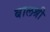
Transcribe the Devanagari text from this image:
बालश्री